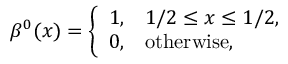
\beta ^ { 0 } ( x ) = \left\{ \begin{array} { l l } { 1 , } & { 1 / 2 \leq x \leq 1 / 2 , } \\ { 0 , } & { \mathrm { o t h e r w i s e } , } \end{array} \right.